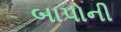
બાપોની